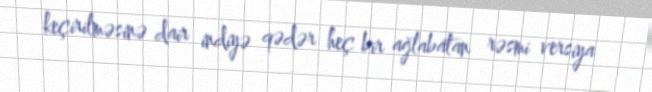
keçirilməsinə dair indiyə qədər heç bir ağlabatan rəsmi versiya